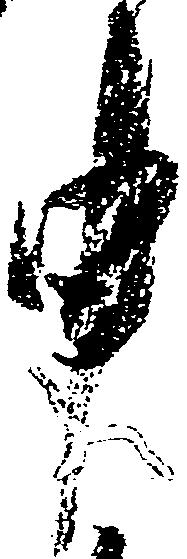
申